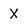
Character: X